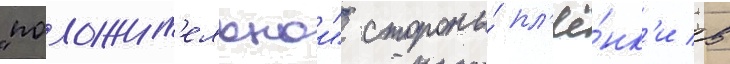
"положит'ельнои" стороны́ пл'ё́нк'и в